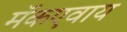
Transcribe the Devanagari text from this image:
मॅकएवाय